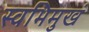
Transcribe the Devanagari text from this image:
स्वभिमुखं